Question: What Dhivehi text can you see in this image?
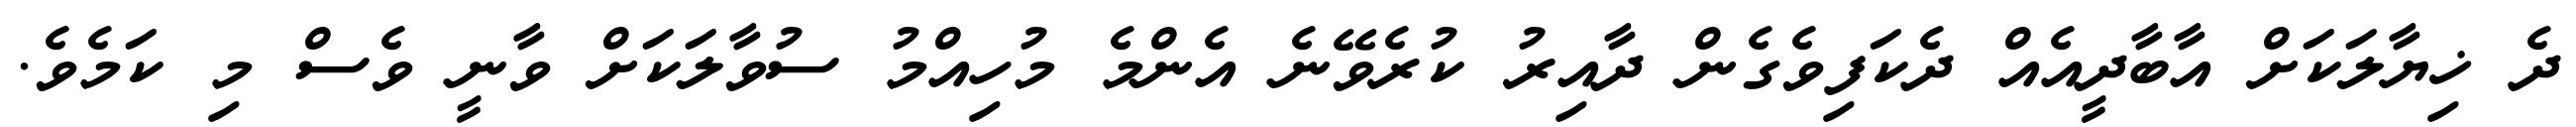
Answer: ދެ ޚިޔާލަކަށް އާބާދީއެއް ދެކަފިވެގެން ދާއިރު ކުރެވޭނެ އެންމެ މުހިއްމު ސުވާލަކަށް ވާނީ ވެސް މި ކަމެވެ.